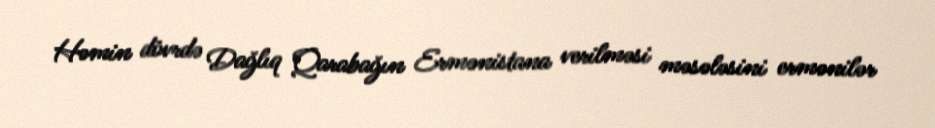
Həmin dövrdə Dağlıq Qarabağın Ermənistana verilməsi məsələsini ermənilər